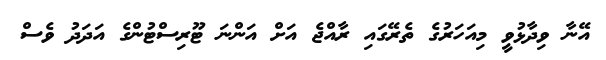
އޭނާ ވިދާޅުވީ މިއަހަރުގެ ތެރޭގައި ރާއްޖެ އަށް އަންނަ ޓޫރިސްޓުންގެ އަދަދު ވެސް